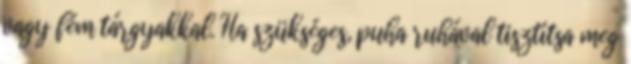
vagy fém tárgyakkal. Ha szükséges, puha ruhával tisztítsa meg